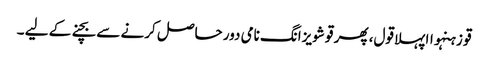
قو زہنہواا پہلا قول، پھر قو شویزانگ نامی دور حاصل کرنے سے بچنے کے لیے ۔